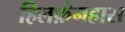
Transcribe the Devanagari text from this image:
हिलफ़ेनहास